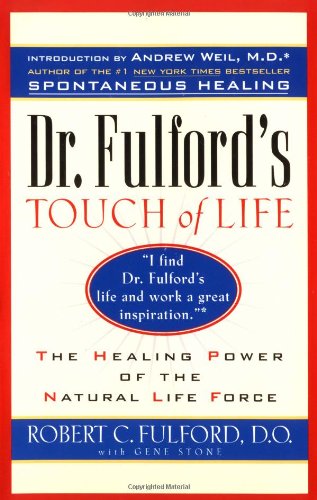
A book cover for Dr. Fulford's Touch of Life: The Healing Power of the Natural Life Force; Dr. Robert Fulford; Health, Fitness & Dieting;